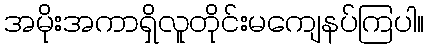
အမိုးအကာရှိလူတိုင်းမကျေနပ်ကြပါ။